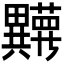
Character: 𬏘